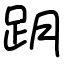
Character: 跀